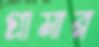
গ্রামার